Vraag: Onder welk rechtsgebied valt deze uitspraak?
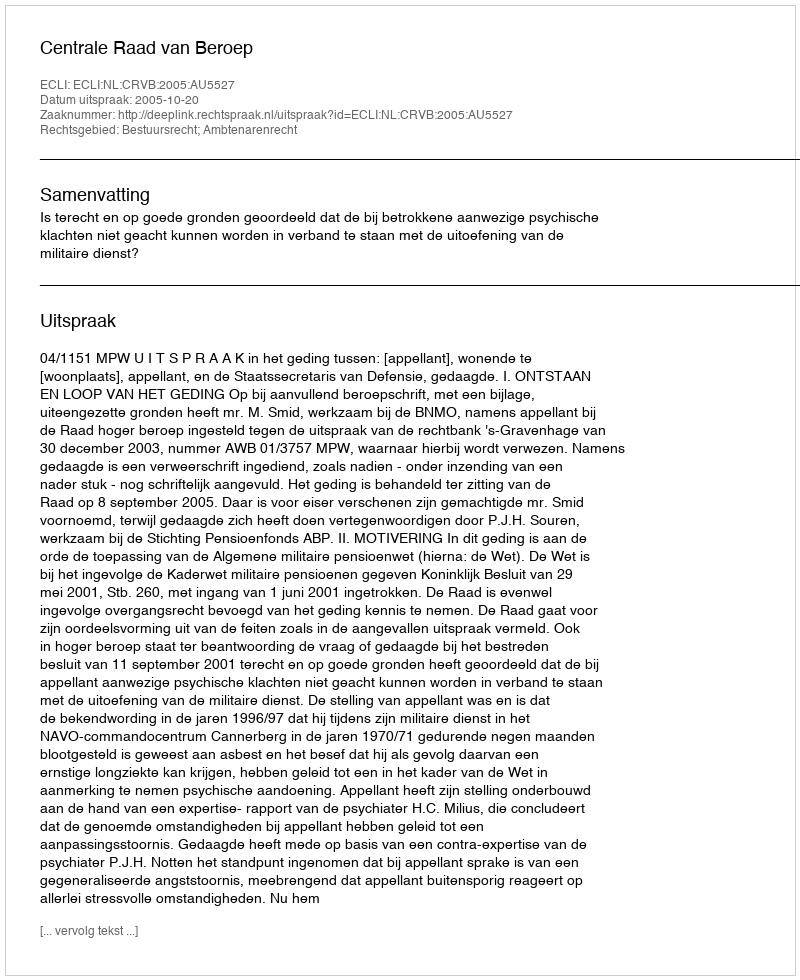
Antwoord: Bestuursrecht; Ambtenarenrecht